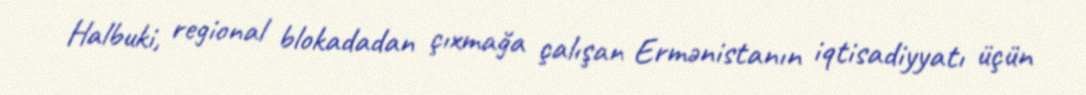
Halbuki, regional blokadadan çıxmağa çalışan Ermənistanın iqtisadiyyatı üçün